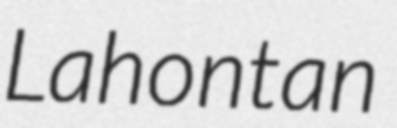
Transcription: Lahontan